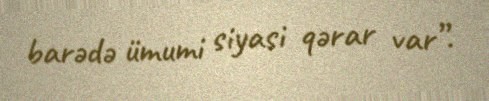
barədə ümumi siyasi qərar var”.